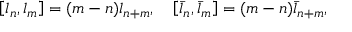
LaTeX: \left[ l _ { n } , l _ { m } \right] = ( m - n ) l _ { n + m } , \, \, \, \, \, \, \left[ \bar { l } _ { n } , \bar { l } _ { m } \right] = ( m - n ) \bar { l } _ { n + m } ,